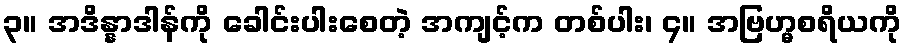
၃။ အဒိန္နာဒါန်ကို ခေါင်းပါးစေတဲ့ အကျင့်က တစ်ပါး၊ ၄။ အဗြဟ္မစရိယကို